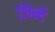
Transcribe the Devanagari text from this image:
ज़िन्दे